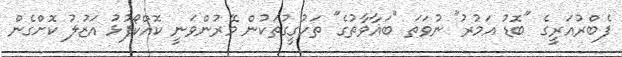
ފެބްރުއަރީގެ "ބޮޑު އަމުރު" ނުވަތަ "ބަޣާވާތުގެ" ތަހުގީގުތަކުން މޭރުންވަނީ ކޮއްކޯފުޅު އަޒުލު ކޮށްގެން